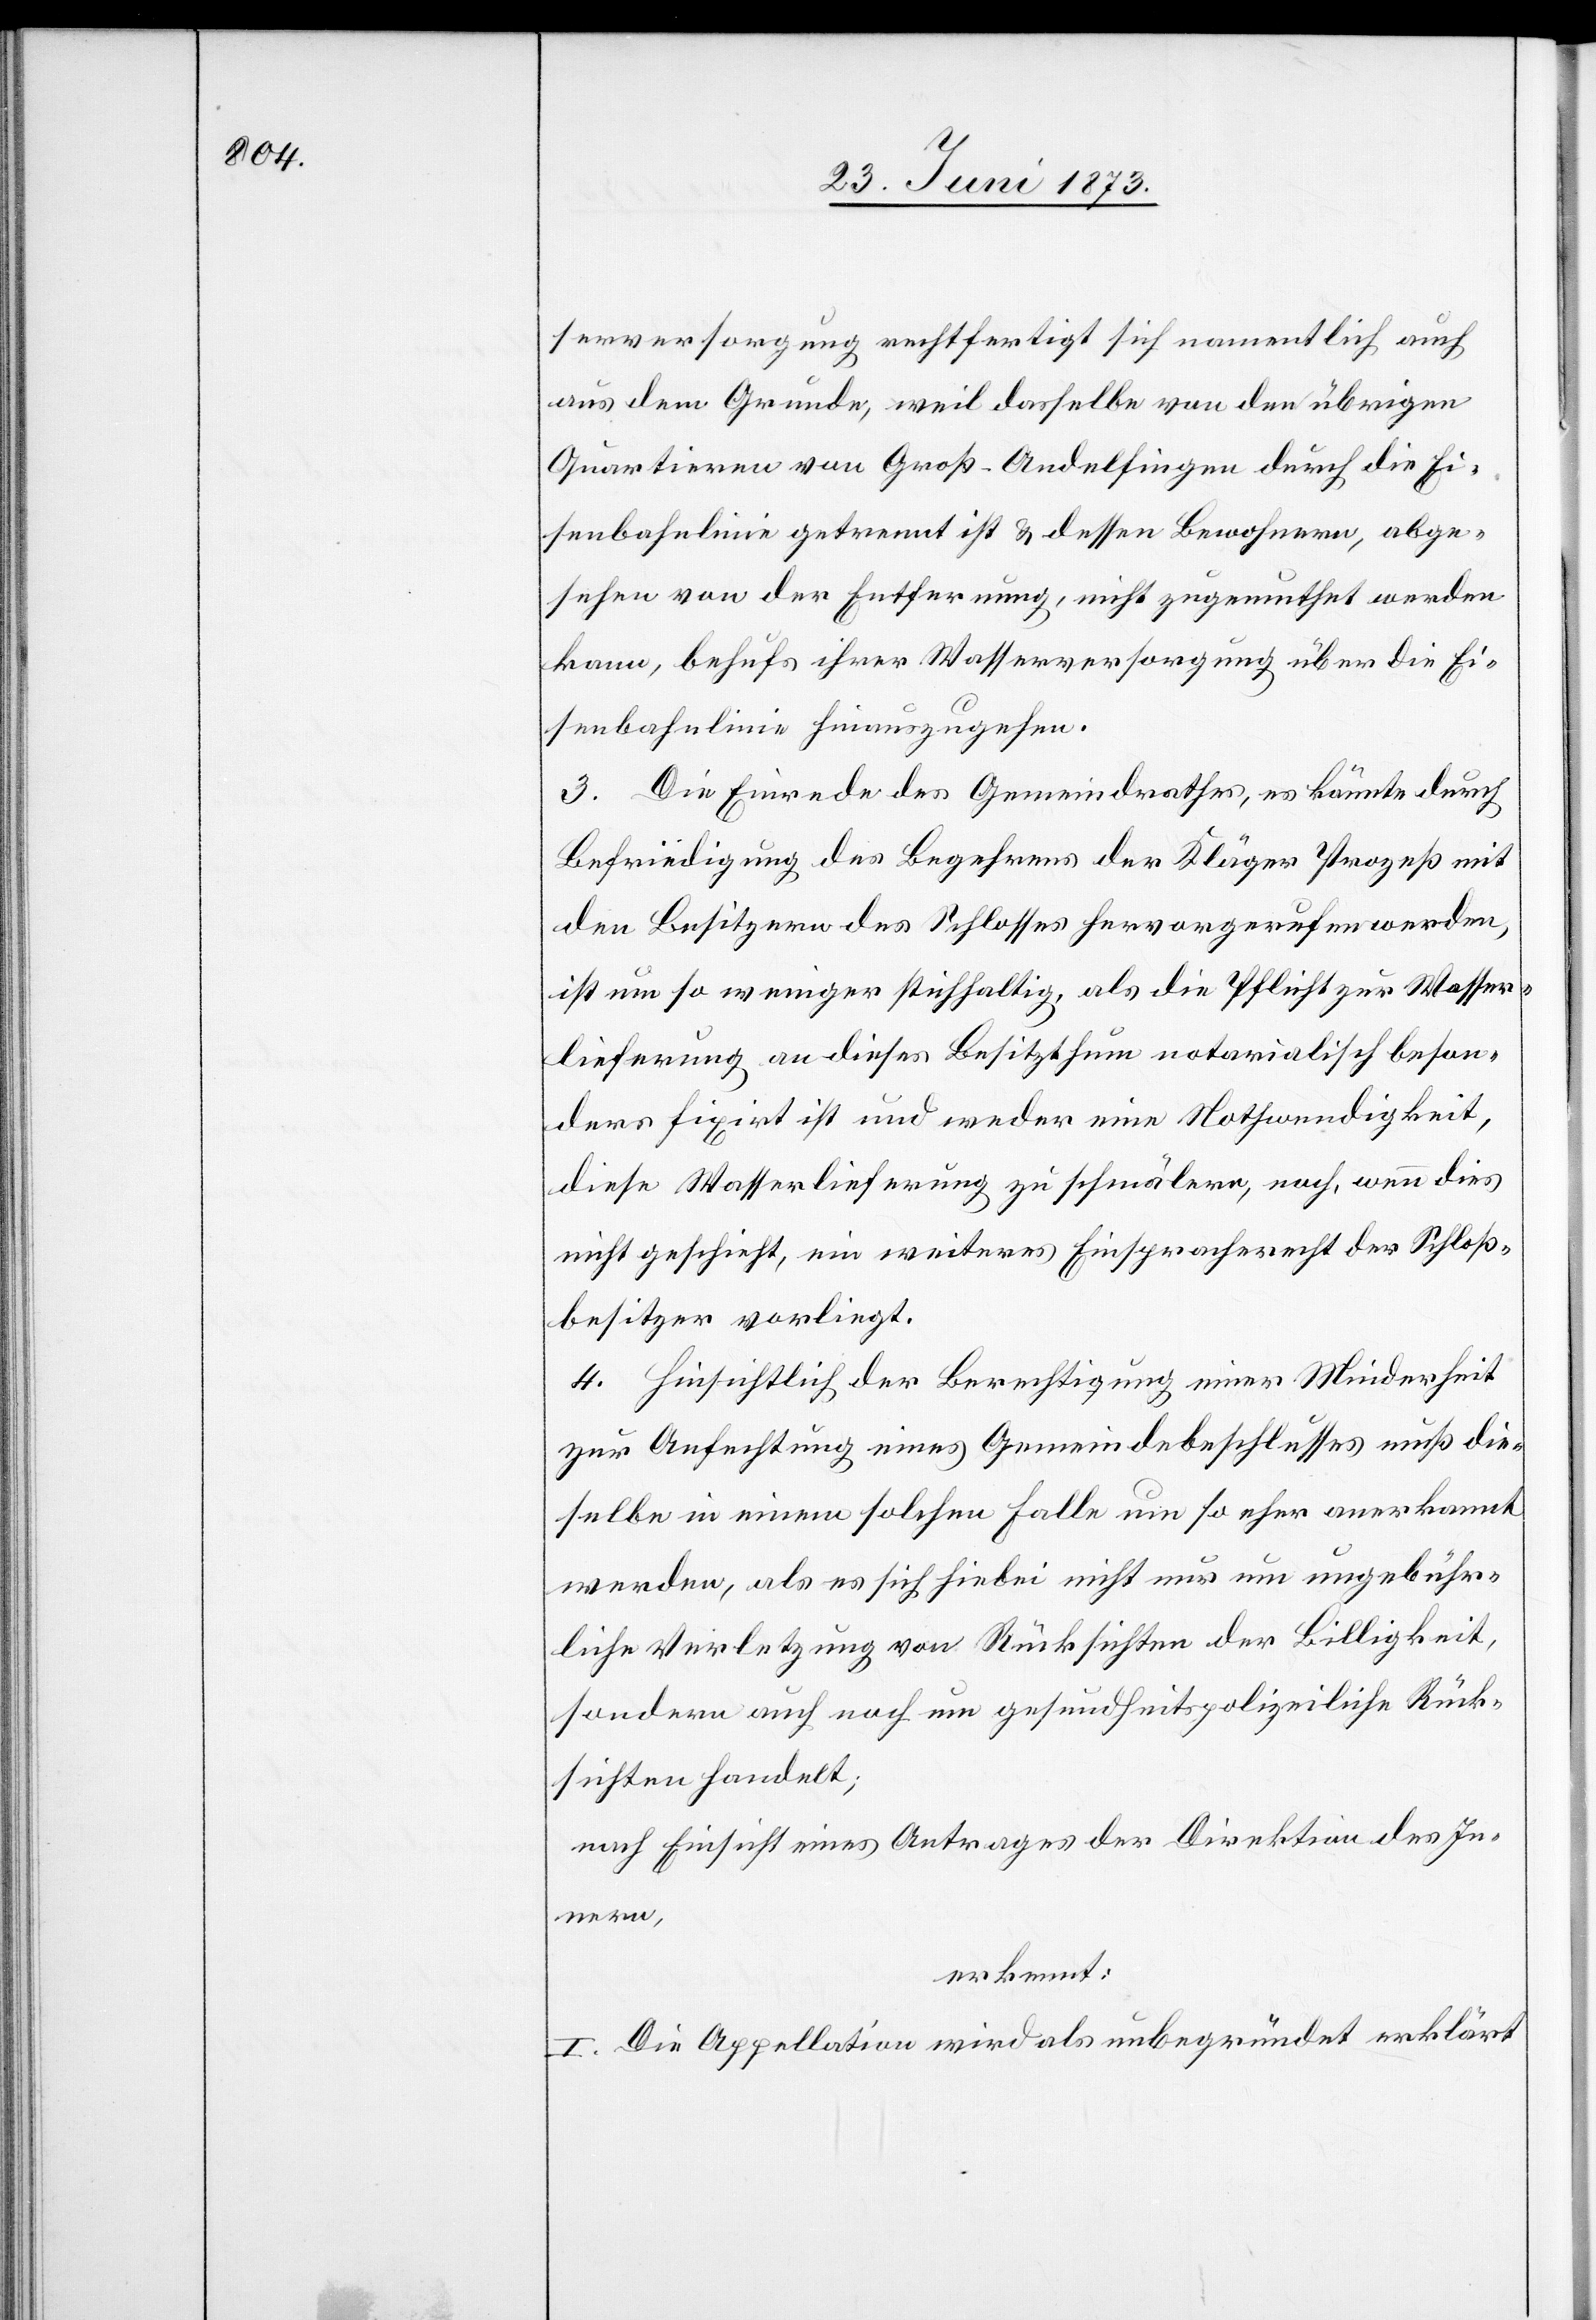
serversorgung rechtfertigt sich namentlich auch
aus dem Grunde, weil dasselbe von den übrigen
Quartieren von Groß-Andelfingen durch die Ei¬
senbahnlinie getrennt ist & dessen Bewohnern, abge¬
sehen von der Entfernung, nicht zugemuthet werden
kann, behufs ihrer Wasserversorgung über die Ei¬
senbahnlinie hinauszugehen.
3. Die Einrede des Gemeindrathes, es könnte durch
Befriedigung des Begehrens der Kläger Prozeß mit
den Besitzern des Schlosses hervorgerufen werden,
ist um so weniger stichhaltig, als die Pflicht zur Wasser¬
lieferung an dieses Besitzthum notarialisch beson¬
ders fixirt ist und weder eine Nothwendigkeit,
diese Wasserlieferung zu schmälern, noch, wenn dies
nicht geschieht, ein weiteres Einspracherecht der Schloß¬
besitzer vorliegt.
4. Hinsichtlich der Berechtigung einer Minderheit
zur Anfechtung eines Gemeindebeschlusses muß die¬
selbe in einem solchen Falle um so eher anerkannt
werden, als es sich hiebei nicht nur um ungebühr¬
liche Verletzung von Rücksichten der Billigkeit,
sondern auch noch um gesundheitspolizeiliche Rück¬
sichten handelt;
nach Einsicht eines Antrages der Direktion des In¬
nern,
erkannt:
I. Die Appellation wird als unbegründet erklärt